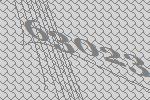
63023